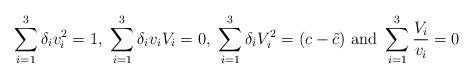
LaTeX: \begin{align*}\begin{array}{l}\displaystyle\sum_{i=1}^3\delta_iv_i^2=1, \ \sum_{i=1}^3\delta_iv_iV_i=0, \ \sum_{i=1}^3\delta_iV_i^2=(c-\tilde{c}) \ \mbox{and} \ \sum_{i=1}^3{\frac{V_i}{v_i}}=0\end{array}\end{align*}